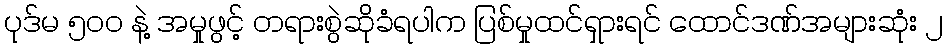
ပုဒ်မ ၅၀၀ နဲ့ အမှုဖွင့် တရားစွဲဆိုခံရပါက ပြစ်မှုထင်ရှားရင် ထောင်ဒဏ်အများဆုံး ၂